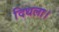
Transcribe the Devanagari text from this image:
दिधला।